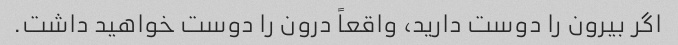
اگر بیرون را دوست دارید، واقعاً درون را دوست خواهید داشت.